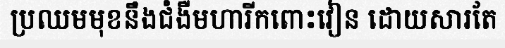
ប្រឈមមុខនឹងជំងឺមហារីកពោះវៀន ដោយសារតែ